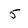
Character: 5